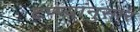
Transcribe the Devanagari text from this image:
टप्प्यांनुसार